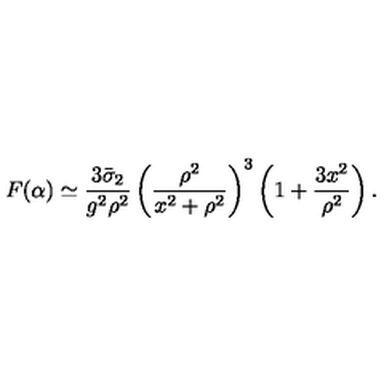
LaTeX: F ( \alpha ) \simeq \frac { 3 \bar { \sigma } _ { 2 } } { g ^ { 2 } \rho ^ { 2 } } \left( \frac { \rho ^ { 2 } } { x ^ { 2 } + \rho ^ { 2 } } \right) ^ { 3 } \left( 1 + \frac { 3 x ^ { 2 } } { \rho ^ { 2 } } \right) .